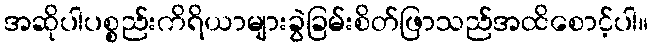
အဆိုပါပစ္စည်းကိရိယာများခွဲခြမ်းစိတ်ဖြာသည်အထိစောင့်ပါ။